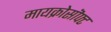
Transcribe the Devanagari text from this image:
मायक्रोसॊफ्ट